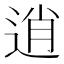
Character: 逍